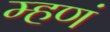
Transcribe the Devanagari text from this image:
म्हणं